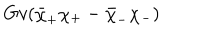
LaTeX: G v ( \bar { \chi } _ { + } \chi _ { + } - \bar { \chi } _ { - } \chi _ { - } )